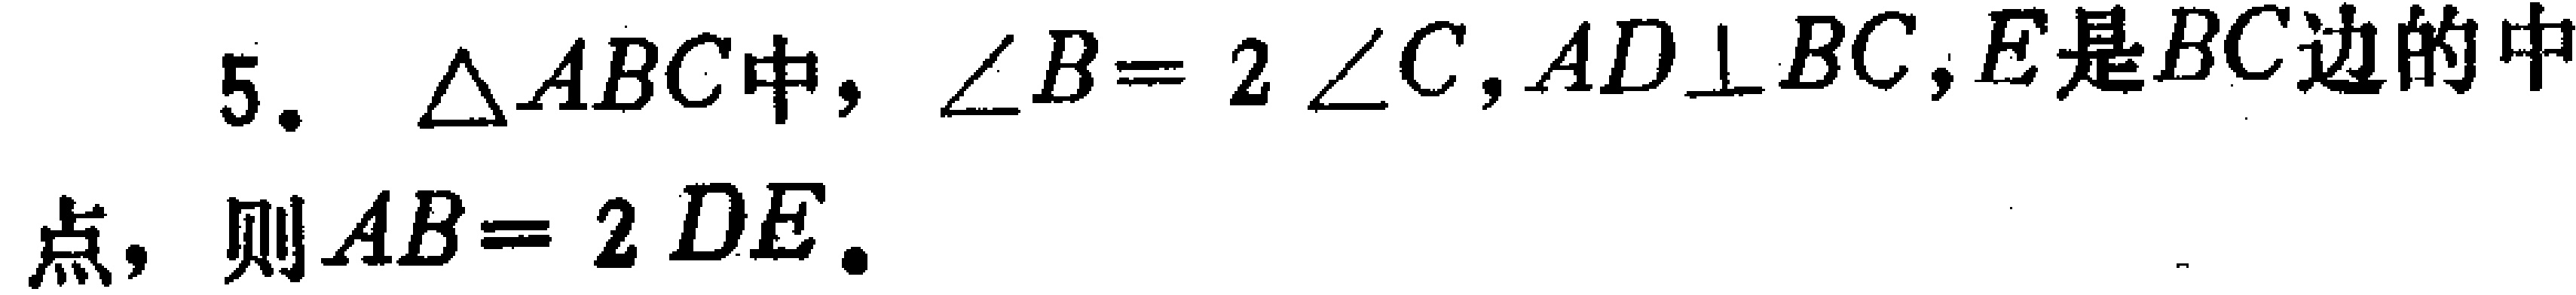
5. $\triangle ABC$中，$\angle B = 2\angle C$，$AD\perp BC$，$E$是$BC$边的中

点，则$AB = 2DE$.